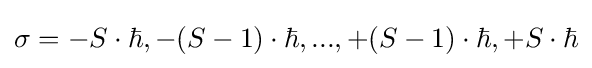
\sigma =-S\cdot \hbar ,-(S-1)\cdot \hbar ,...,+(S-1)\cdot \hbar ,+S\cdot \hbar